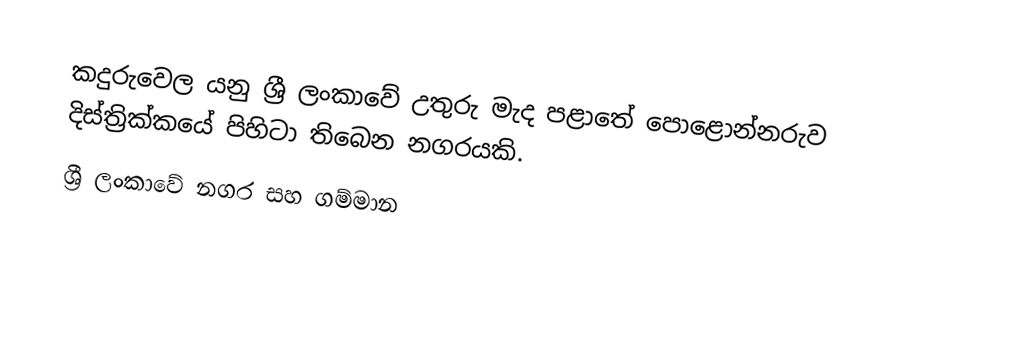
කදුරුවෙල යනු ශ්‍රී ලංකාවේ උතුරු මැද පළාතේ  පොළොන්නරුව දිස්ත්‍රික්කයේ  පිහිටා තිබෙන නගරයකි.
ශ්‍රී ලංකාවේ නගර සහ ගම්මාන